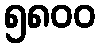
၅၈၀၀